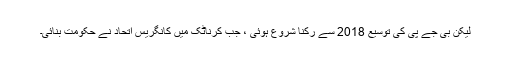
لیکن بی جے پی کی توسیع 2018 سے رکنا شروع ہوئی ، جب کرناٹک میں کانگریس اتحاد نے حکومت بنائی۔